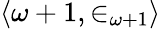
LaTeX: \langle\omega+1,\in_{\omega+1}\rangle